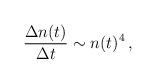
LaTeX: \begin{align*}\frac{\Delta n(t)}{\Delta t}\sim n(t)^4 \,,\end{align*}